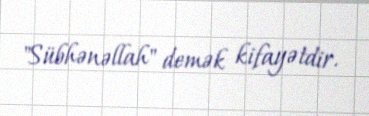
"Sübhənəllah" demək kifayətdir.